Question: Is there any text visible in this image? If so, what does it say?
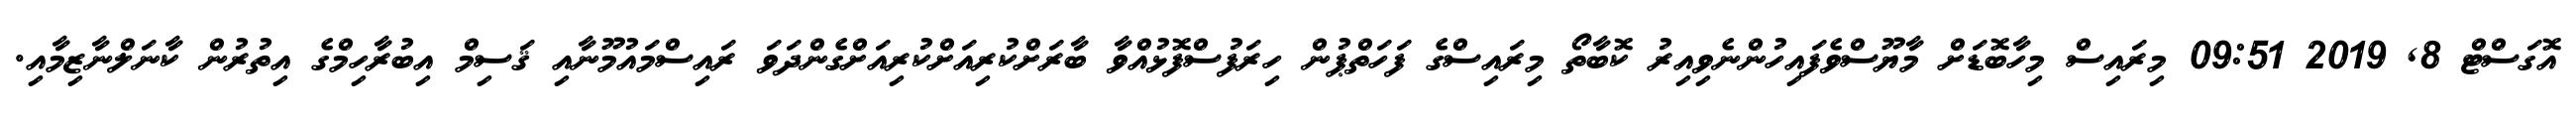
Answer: އޮގަސްޓް 8, 2019 09:51 މިރައިސް މިހާބޮޑަށް މާޔޫސްވެފައިހުންނެވިއިރު ކޮބާތޯ މިރައިސްގެ ފަހަތްޕުން ހިރަފުސްފޮޅުއްވާ ބާރަށްކުރިއަށްކުރިއަށްގެންދަވަ ރައިސްމައުމޫނާއި ޤަސިމް އިބުރާހިމްގެ އިތުރުން ކާނަލްނާޒިމާއި.